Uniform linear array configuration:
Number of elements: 4
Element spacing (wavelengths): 0.5
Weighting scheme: cosine
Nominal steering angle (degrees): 0
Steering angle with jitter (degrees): -0.4885
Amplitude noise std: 0.05
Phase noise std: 0.05

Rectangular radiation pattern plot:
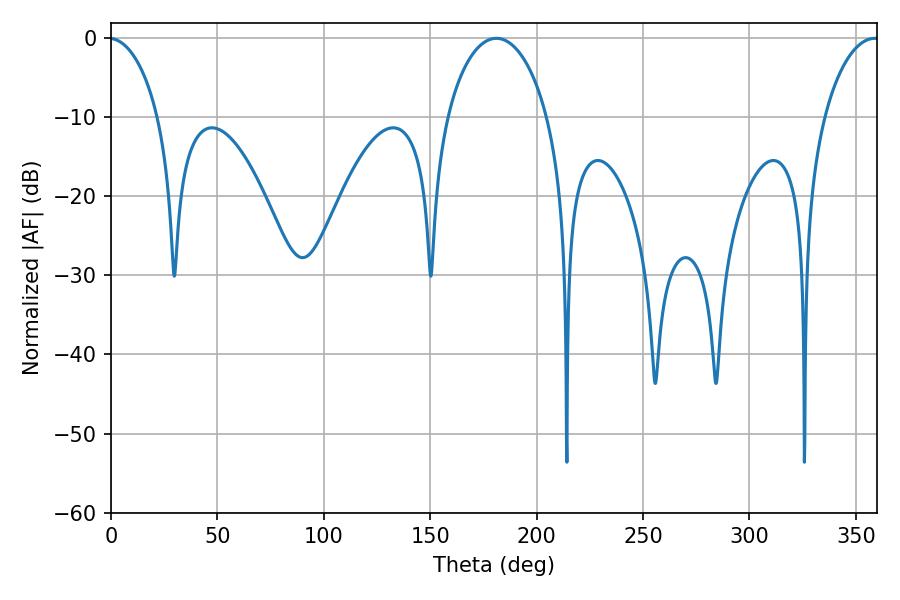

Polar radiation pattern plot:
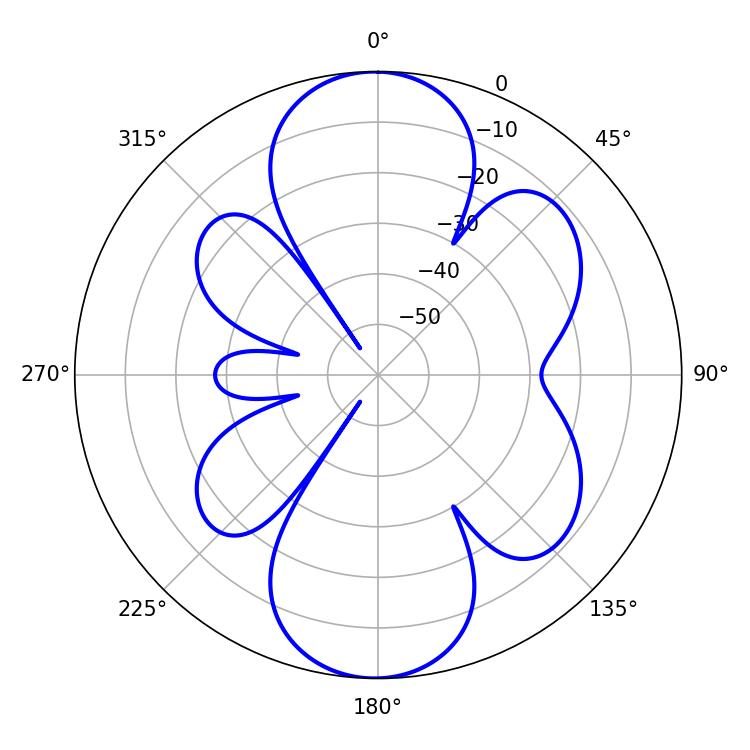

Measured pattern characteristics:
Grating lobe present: FALSE
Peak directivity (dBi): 21.927
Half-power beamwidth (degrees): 27.18
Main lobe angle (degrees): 181.08